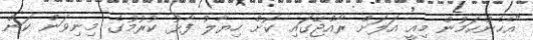
"އެހެންކަމުން މިއީ އަލަށް ރާއްޖޭގައި ކޮށް ހިޔާލު ފާޅު ކުރުމުގެ މިނިވަން ކަން